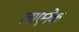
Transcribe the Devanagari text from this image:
लाएनेक